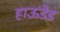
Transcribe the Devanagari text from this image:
हाऊंडेड